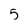
Character: 5